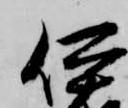
伊